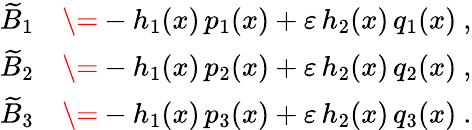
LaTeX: \begin{array}{rl}{\widetilde{B}_{1}}&{\= -h_{1}(x)\, p_{1}(x)+\varepsilon\, h_{2}(x)\, q_{1}(x)\ ,}\\ {\widetilde{B}_{2}}&{\= -h_{1}(x)\, p_{2}(x)+\varepsilon\, h_{2}(x)\, q_{2}(x)\ ,}\\ {\widetilde{B}_{3}}&{\= -h_{1}(x)\, p_{3}(x)+\varepsilon\, h_{2}(x)\, q_{3}(x)\ .}\end{array}